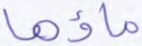
ماؤها